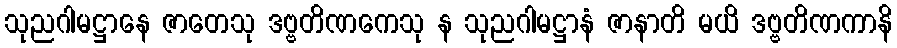
သုညဂါမဋ္ဌာနေ ဇာတေသု ဒဗ္ဗတိဏကေသု န သုညဂါမဋ္ဌာနံ ဇာနာတိ မယိ ဒဗ္ဗတိဏကာနိ